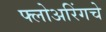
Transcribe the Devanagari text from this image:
फ्लोअरिंगचे